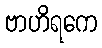
ဗာဟိရကေ